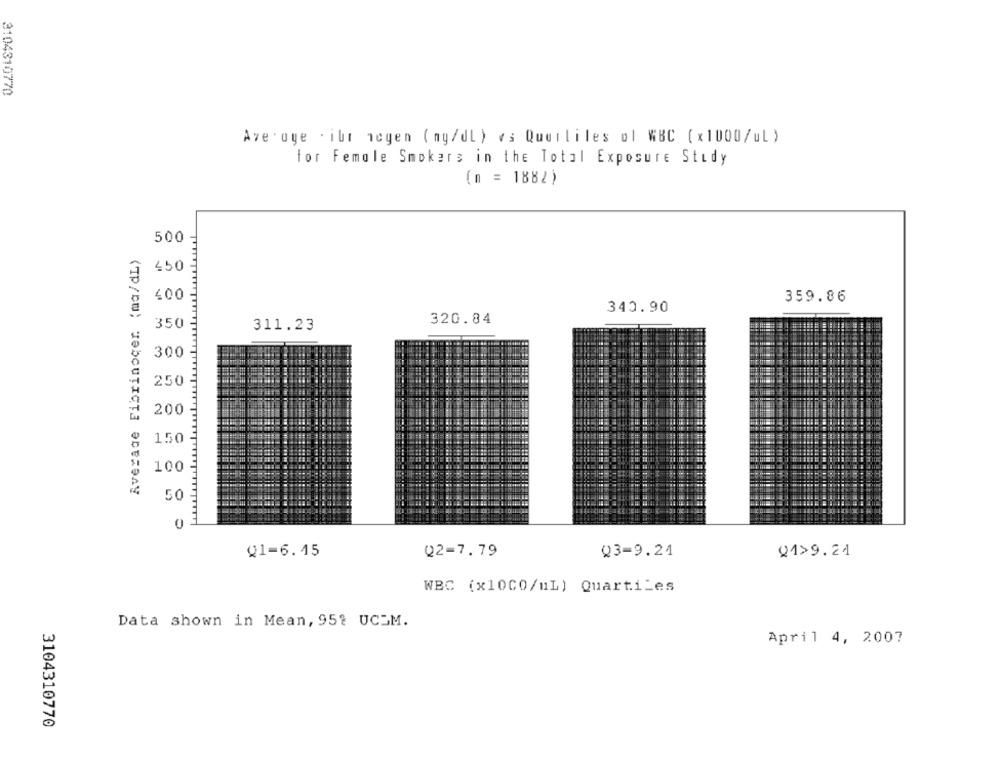
3104310770
Ave . oye . iur negen ( mg/dl ) es Querliles ol WBC ( x1000/ul )
for Female Smokers in the Total Exposure Study
(n = 1882)
500
Average Fibrinocer (ma/dL)
450
400
359.86
340.90
320.84
350
311.23
300
250
200
150
100
50
Q1-6.15
Q2-7.79
Q3=9.24
01>9.24
WBC (x10CO/uL) QuartiLes
Data shown in Mean, 95% UCOM.
April 4, 2007
3104310770